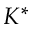
K ^ { * }